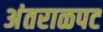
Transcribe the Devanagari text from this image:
अंतराळपट